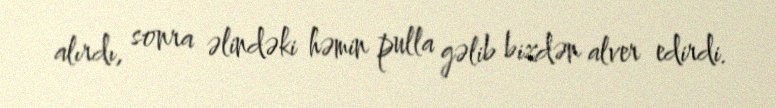
alırdı, sonra əlindəki həmin pulla gəlib bizdən alver edirdi.